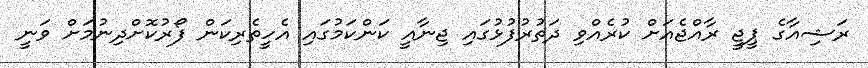
ރަޝިއާގެ ޕީޖީ ރާއްޖެއަށް ކުރެއްވި ދަތުރުފުޅުގައި ޖިނާއީ ކަންކަމުގައި އެހީތެރިކަން ފޯރުކޮށްދިނުމަށް ވަނީ